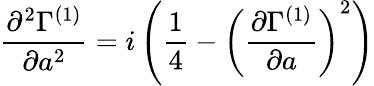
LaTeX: {\frac{\partial^{2}\Gamma^{(1)}}{\partial a^{2}}}=i\left({\frac{1}{4}}-\left({\frac{\partial\Gamma^{(1)}}{\partial a}}\right)^{2}\right)